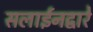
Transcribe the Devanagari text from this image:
सलाईनद्वारे